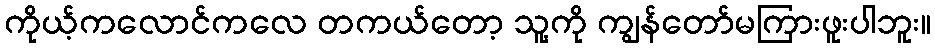
ကိုယ့်ကလောင်ကလေ တကယ်တော့ သူ့ကို ကျွန်တော်မကြားဖူးပါဘူး။